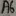
Text: A6